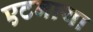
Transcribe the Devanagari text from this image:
एटनाया